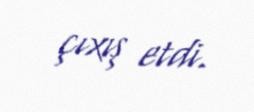
çıxış etdi.